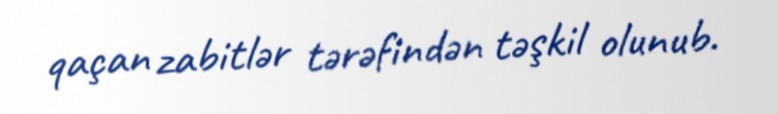
qaçan zabitlər tərəfindən təşkil olunub.